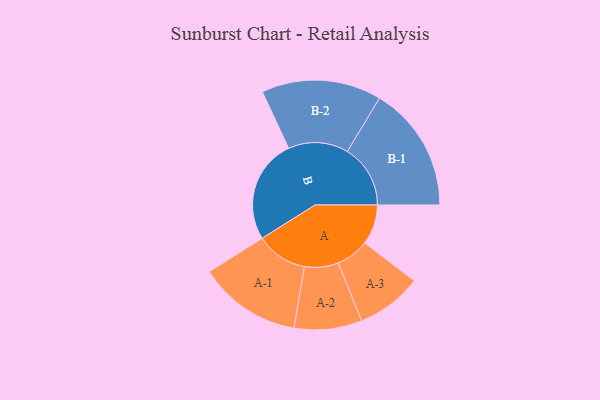
{"axis": {"x": "Segment", "y": "Value"}, "legend": ["", "A", "B"], "data": [{"x": "A", "y": 183, "type": ""}, {"x": "B", "y": 477, "type": ""}, {"x": "A-1", "y": 236, "type": "A"}, {"x": "A-2", "y": 155, "type": "A"}, {"x": "A-3", "y": 151, "type": "A"}, {"x": "B-1", "y": 289, "type": "B"}, {"x": "B-2", "y": 275, "type": "B"}]}